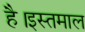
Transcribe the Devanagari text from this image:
है।इस्तमाल